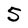
Character: 5